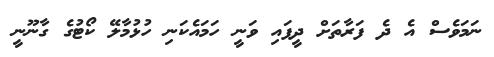
ނަމަވެސް އެ ދެ ފަރާތަށް ދީފައި ވަނީ ހަމައެކަނި ހުޅުމާލޭ ކޯޓުގެ ގާނޫނީ